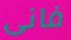
فانى